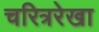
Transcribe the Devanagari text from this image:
चरित्ररेखा